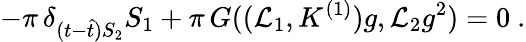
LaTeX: -\pi\, \delta_{(t-\hat{t})S_{2}}S_{1}+\pi\, G((\mathcal{L}_{1},K^{(1)})g,\mathcal{L}_{2}g^{2})=0\ .